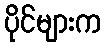
ပိုင်များက